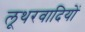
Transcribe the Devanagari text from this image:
लूथरवादियों